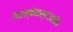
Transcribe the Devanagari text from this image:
फ्रन्केनस्टआईन